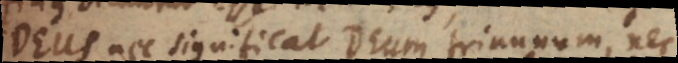
Deus nec significat Deum trinunum, nec